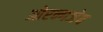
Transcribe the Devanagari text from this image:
ओरन्गजेब